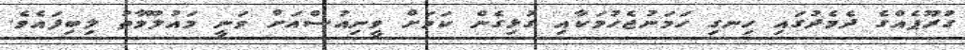
ގުރޫޕެއްގެ ދެމެދުގައި ހިނގި ހަމަނުޖެހުމަކާއި ގުޅިގެން ކަމަށް ވީނިއުސްއަށް ވަނީ މައުލޫމާތު ލިބިފައެވެ.